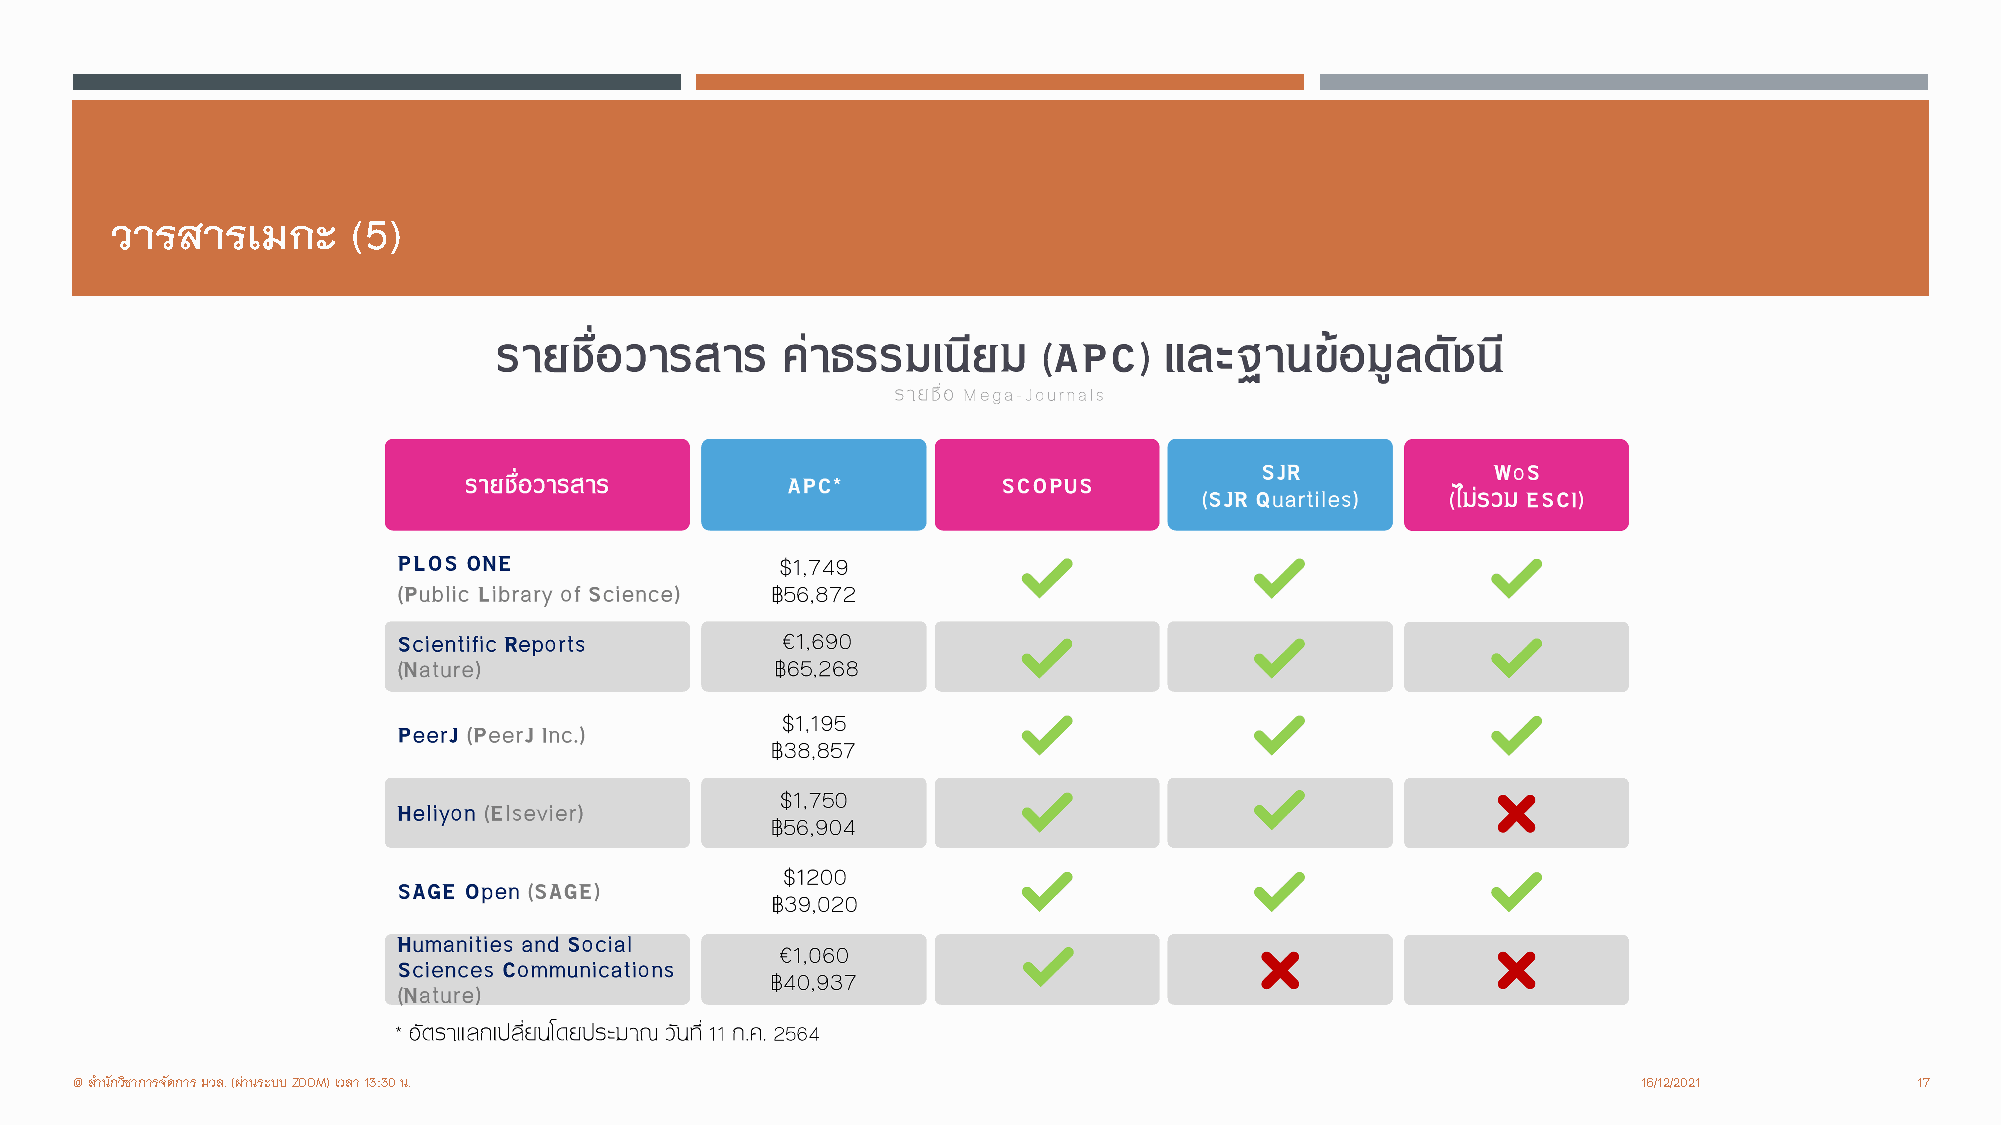
วารสารเมกะ      (5)
 @ สํานักวิชาการจัดการ มวล. (ผานระบบ ZOOM) เวลา 13:30 น.                                                16/12/2021        17